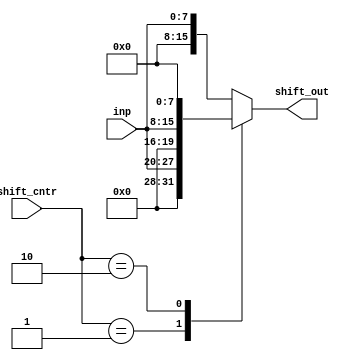
module shifter(
	input [7:0] inp,
	input [1:0] shift_cntr,
	output reg [15:0] shift_out);
always@(*) begin
	case(shift_cntr)
		2'b01: shift_out = inp << 4;
		2'b10: shift_out = inp << 8;
		default: shift_out = inp;
	endcase
end
endmodule

module tst();
reg [7:0] inp;
reg [1:0] shift_cntr;
wire [15:0] shift_out;
shifter s(inp,shift_cntr,shift_out);
initial 
	$monitor("inp=%b shift_cntr=%0d shift_out=%b",inp,shift_cntr,shift_out);
initial begin 
inp = 7; shift_cntr = 0;
#10
shift_cntr = 1;
#10
shift_cntr = 2;
#10
shift_cntr = 3;
#10 
inp = 255; 
#10
shift_cntr=1;
end
endmodule